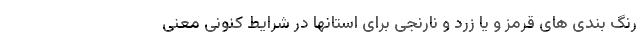
رنگ بندی های قرمز و یا زرد و نارنجی برای استانها در شرایط کنونی معنی